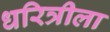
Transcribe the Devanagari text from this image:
धरित्रीला